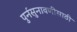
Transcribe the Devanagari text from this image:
पुर्नसुनावणीसाठी